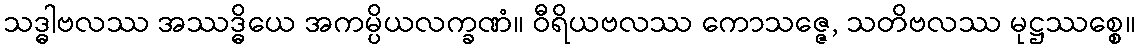
သဒ္ဓါဗလဿ အဿဒ္ဓိယေ အကမ္ပိယလက္ခဏံ။ ဝီရိယဗလဿ ကောသဇ္ဇေ, သတိဗလဿ မုဋ္ဌဿစ္စေ။